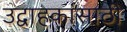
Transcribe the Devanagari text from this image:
उद्वाहकांसाठी